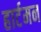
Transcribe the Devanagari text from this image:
हार्टमन